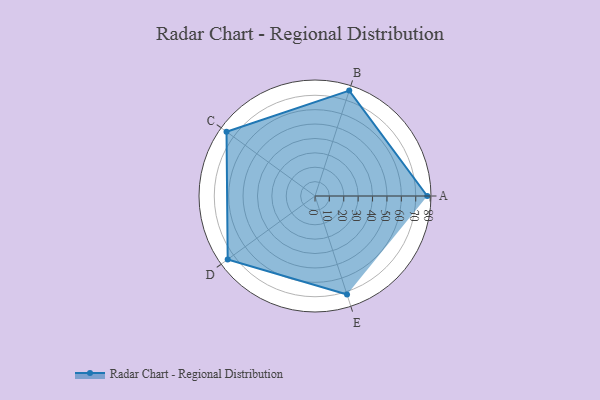
{"axis": {"x": "Skill", "y": "Score"}, "legend": ["Profile"], "data": [{"x": "A", "y": 78.0, "type": "Profile"}, {"x": "B", "y": 77.0, "type": "Profile"}, {"x": "C", "y": 76.0, "type": "Profile"}, {"x": "D", "y": 75.0, "type": "Profile"}, {"x": "E", "y": 72.0, "type": "Profile"}]}